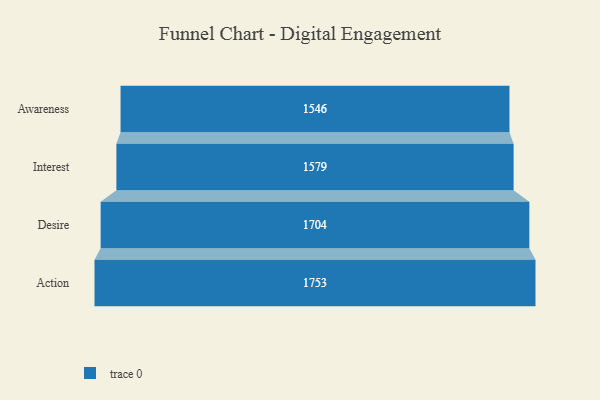
{"axis": {"x": "Stage", "y": "Value"}, "legend": [""], "data": [{"x": "Awareness", "y": 1546.0, "type": ""}, {"x": "Interest", "y": 1579.0, "type": ""}, {"x": "Desire", "y": 1704.0, "type": ""}, {"x": "Action", "y": 1753.0, "type": ""}]}